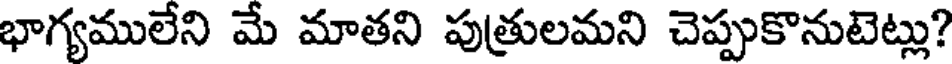
భాగ్యములేని మే మాతని పుత్రులమని చెప్పుకొనుటెట్లు?